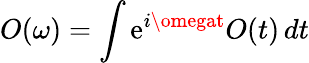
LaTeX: O(\omega)=\int\mathrm{e}^{i\omegat}O(t)\, dt